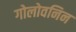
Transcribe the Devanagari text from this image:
गोलोवनिन